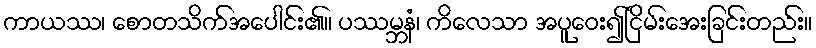
ကာယဿ၊ စောတသိက်အပေါင်း၏။ ပဿမ္ဘနံ၊ ကိလေသာ အပူဝေး၍ငြိမ်းအေးခြင်းတည်း။